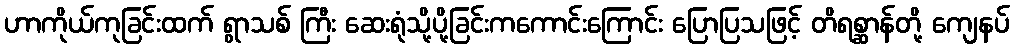
ဟာကိုယ်ကုခြင်းထက် ရွာသစ် ကြီး ဆေးရုံသို့ပို့ခြင်းကကောင်းကြောင်း ပြောပြသဖြင့် တိရစ္ဆာန်တို့ ကျေနပ်